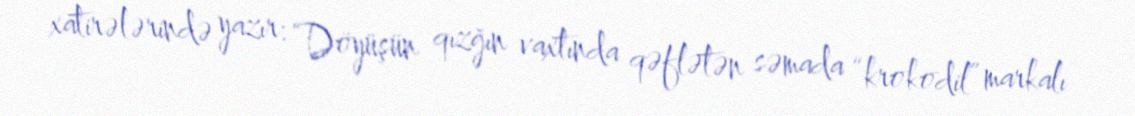
xatirələrində yazır: “Döyüşün qızğın vaxtında qəflətən səmada “krokodil” markalı